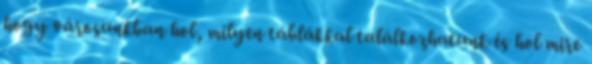
hogy városunkban hol, milyen táblákkal találkozhatunk és hol mire